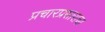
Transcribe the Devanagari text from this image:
प्रचारप्रसाराचा